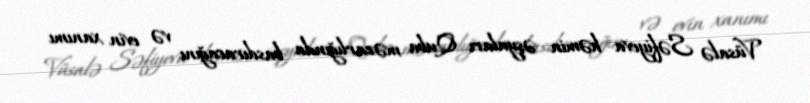
Vüsalə Səfiyeva həmin əşyaları Quba məzarlığında basdıracağını və evin xanımı